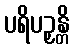
ပရိပဉှန္တိ